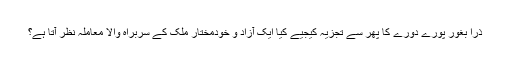
ذرا بغور پورے دورے کا پھر سے تجزیہ کیجیے کیا ایک آزاد و خودمختار ملک کے سربراہ والا معاملہ نظر آتا ہے؟